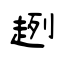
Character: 趔